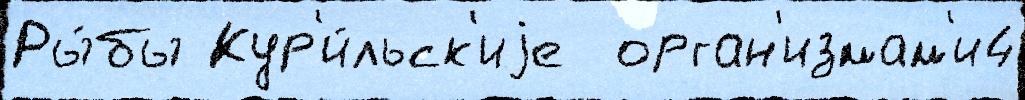
Ры́бы Кур'и́льск'иjе  орган'измам'и4